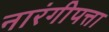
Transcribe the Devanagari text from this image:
नारंगीपत्ता